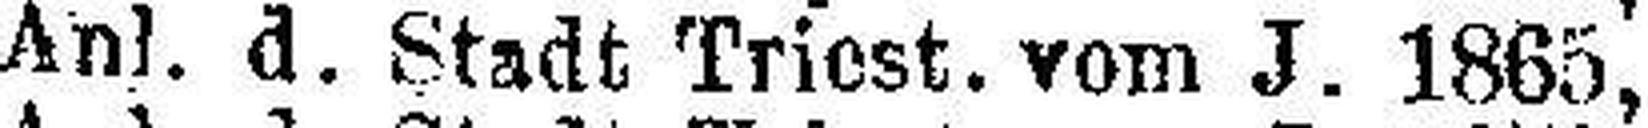
Anl. d. Stadt Triest, vom J. 1865, 6%